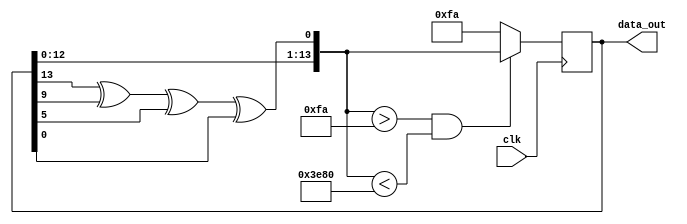
module LFSR_14(clk, data_out);
	output [14:1] data_out;
	input clk;

	reg [14:1] sreg;

	reg [14:1] tmp;
	initial sreg = 14'd1;
	always @ (posedge clk)
		begin
//			sreg <= {sreg[13:1], sreg[14] ^ sreg[10] ^ sreg[6] ^ sreg[1]};
			tmp = {sreg[13:1], sreg[14] ^ sreg[10] ^ sreg[6] ^ sreg[1]};
			sreg = (tmp > 14'd250 && tmp < 14'd16000) ? tmp : 250 ;
			end
	assign data_out = sreg;
endmodule